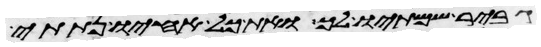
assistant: גביר שמתיו לך ואת כל אחיו נתתי